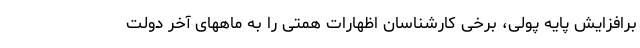
برافزایش پایه پولی، برخی کارشناسان اظهارات همتی را به ماههای آخر دولت